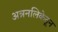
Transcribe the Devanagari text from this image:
अन्ननलिकेतून